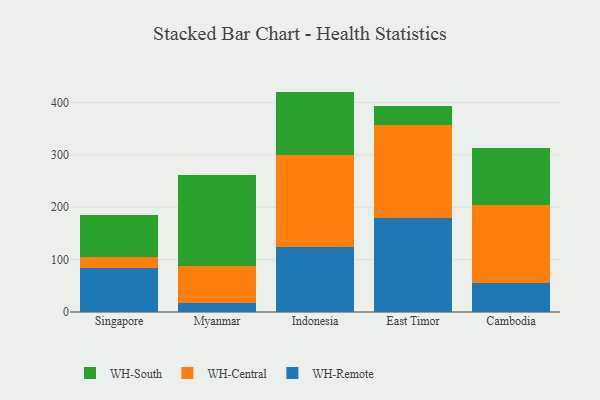
{"axis": {"x": "Country", "y": "Website Visitors"}, "legend": ["WH-Central", "WH-Remote", "WH-South"], "data": [{"x": "Singapore", "y": 83.3, "type": "WH-Remote"}, {"x": "Singapore", "y": 21.8, "type": "WH-Central"}, {"x": "Singapore", "y": 80.2, "type": "WH-South"}, {"x": "Myanmar", "y": 16.8, "type": "WH-Remote"}, {"x": "Myanmar", "y": 71.0, "type": "WH-Central"}, {"x": "Myanmar", "y": 173.5, "type": "WH-South"}, {"x": "Indonesia", "y": 123.4, "type": "WH-Remote"}, {"x": "Indonesia", "y": 176.4, "type": "WH-Central"}, {"x": "Indonesia", "y": 120.9, "type": "WH-South"}, {"x": "East Timor", "y": 179.3, "type": "WH-Remote"}, {"x": "East Timor", "y": 178.6, "type": "WH-Central"}, {"x": "East Timor", "y": 34.7, "type": "WH-South"}, {"x": "Cambodia", "y": 54.9, "type": "WH-Remote"}, {"x": "Cambodia", "y": 149.3, "type": "WH-Central"}, {"x": "Cambodia", "y": 108.4, "type": "WH-South"}]}